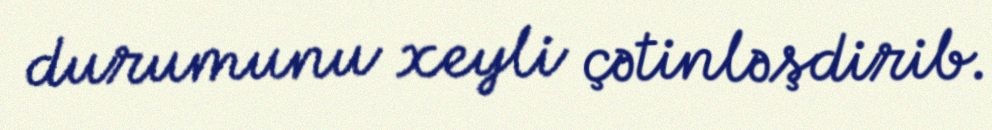
durumunu xeyli çətinləşdirib.